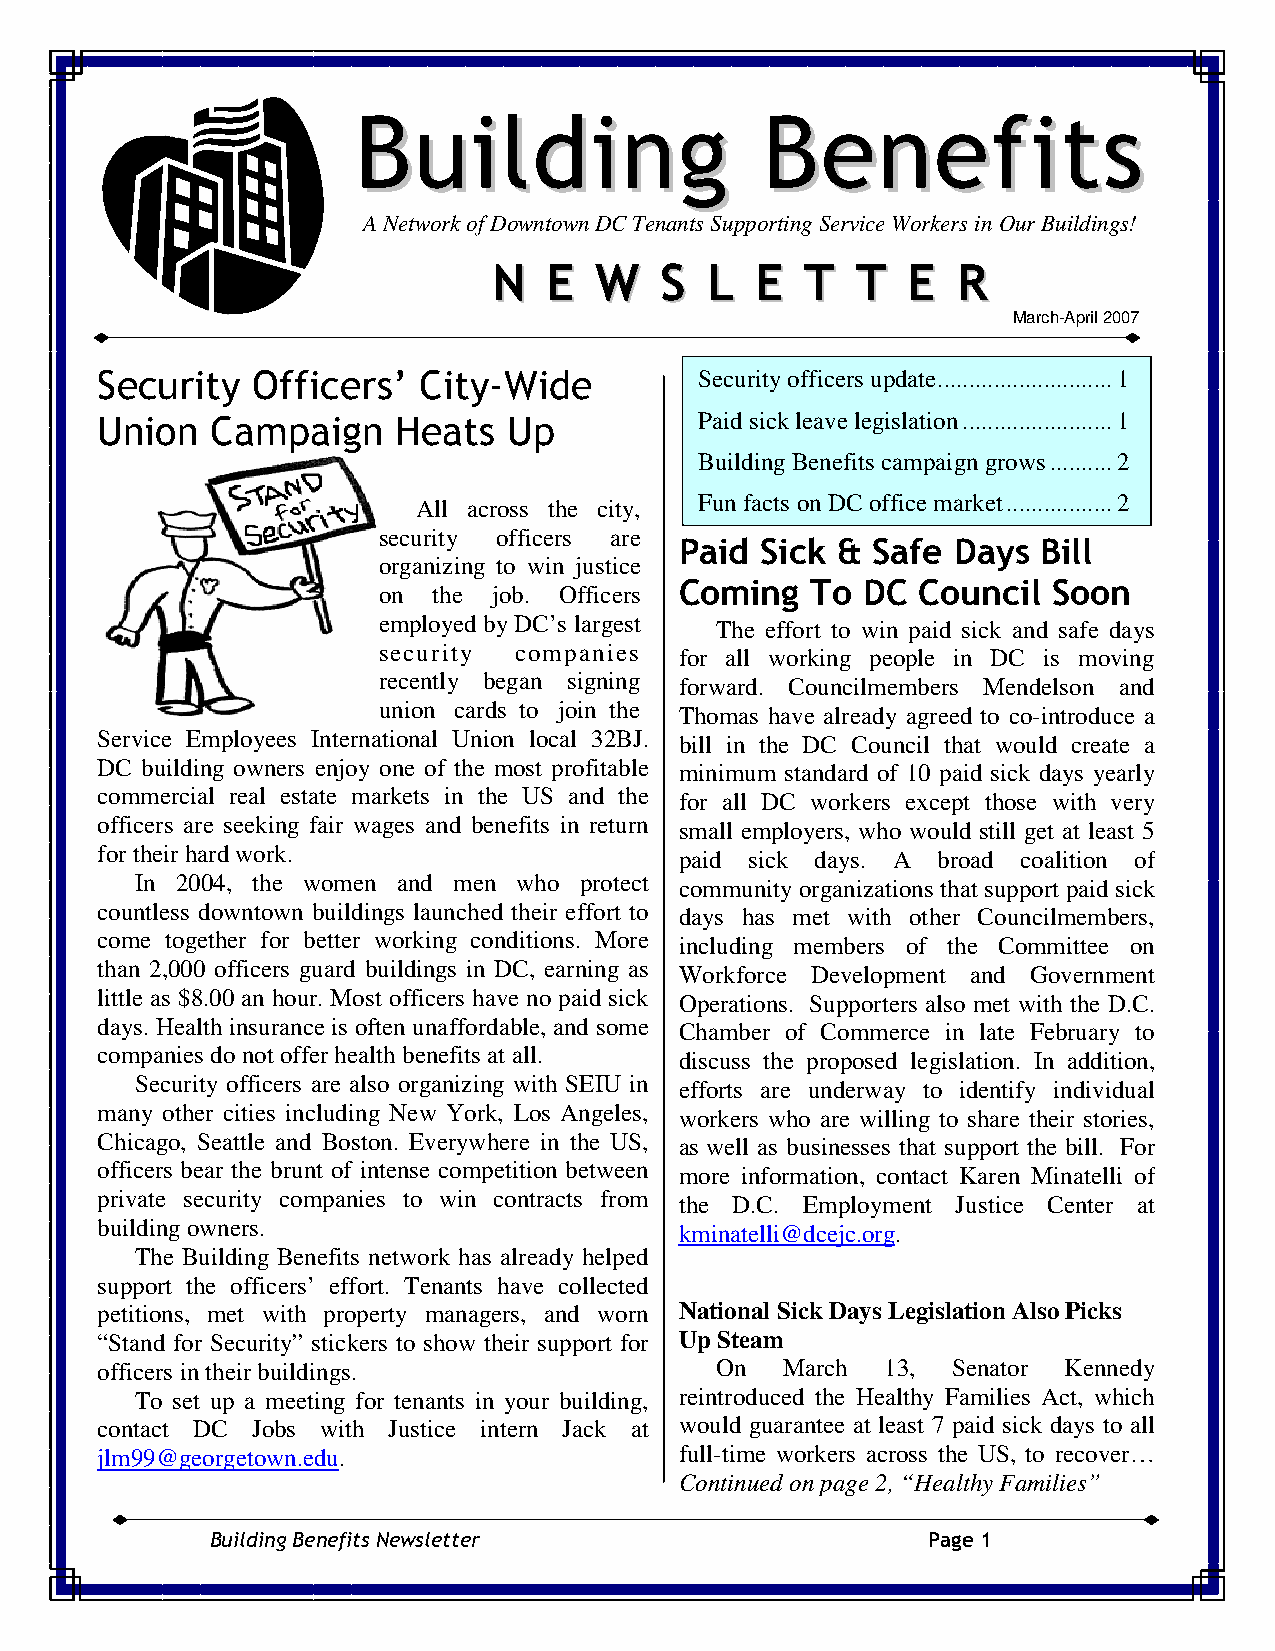
BBuuiillddiinngg          BBeenneeffiittss
 A Network of Downtown DC Tenants Supporting Service Workers in Our Buildings!
 NN EE WW   SS LL EE TT  TT EE RR
 March-April 2007
 Security   Officers’  City-Wide         Security officers update............................1
 Union   Campaign    Heats   Up          Paid sick leave legislation........................1
 Building Benefits campaign grows..........2
 All across the city, Fun facts on DC office market.................2
 security officers are
 Paid Sick &  Safe Days  Bill
 organizing to win justice
 Coming   To DC  Council  Soon
 on  the job. Officers
 employed by DC’s largest The effort to win paid sick and safe days
 security companies  for all working people in DC is moving
 recently began signing forward. Councilmembers Mendelson and
 union cards to join the Thomas have already agreed to co-introduce a
 Service Employees International Union local 32BJ. bill in the DC Council that would create a
 DC building owners enjoy one of the most profitable minimum standard of 10 paid sick days yearly
 commercial real estate markets in the US and the for all DC workers except those with very
 officers are seeking fair wages and benefits in return small employers, who would still get at least 5
 for their hard work.                   paid sick days. A broad coalition of
 In 2004, the women and men who protect community organizations that support paid sick
 countless downtown buildings launched their effort to days has met with other Councilmembers,
 come together for better working conditions. More including members of the Committee on
 than 2,000 officers guard buildings in DC, earning as Workforce Development and Government
 little as $8.00 an hour. Most officers have no paid sick Operations. Supporters also met with the D.C.
 days. Health insurance is often unaffordable, and some Chamber of Commerce in late February to
 companies do not offer health benefits at all. discuss the proposed legislation. In addition,
 Security officers are also organizing with SEIU in efforts are underway to identify individual
 many other cities including New York, Los Angeles, workers who are willing to share their stories,
 Chicago, Seattle and Boston. Everywhere in the US, as well as businesses that support the bill. For
 officers bear the brunt of intense competition between more information, contact Karen Minatelli of
 private security companies to win contracts from the D.C. Employment Justice Center at
 building owners.                       kminatelli@dcejc.org.
 The Building Benefits network has already helped
 support the officers’ effort. Tenants have collected
 petitions, met with property managers, and worn National Sick Days Legislation Also Picks
 “Stand for Security” stickers to show their support for Up Steam
 officers in their buildings.             On   March  13, Senator Kennedy
 To set up a meeting for tenants in your building, reintroduced the Healthy Families Act, which
 contact DC Jobs with Justice intern Jack at would guarantee at least 7 paid sick days to all
 jlm99@georgetown.edu.                  full-time workers across the US, to recover…
 Continued on page 2, “Healthy Families”
 Building Benefits Newsletter                   Page 1